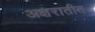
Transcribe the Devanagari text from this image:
अक्षरातीत